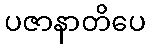
ပဇာနာတိပေ